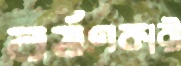
বর্ষণকারী